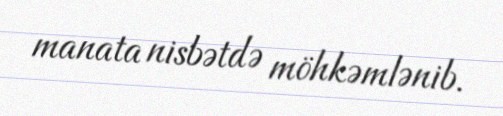
manata nisbətdə möhkəmlənib.